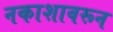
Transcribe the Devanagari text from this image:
नकाशावरून